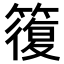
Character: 𥳇